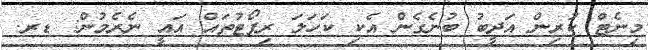
މިނެޓް ކުރިން އަދީބު ބުނެގެން އެކި ކަހަލަ ރިޕޯޓުތައް އައީ ނެރެމުން: ޑރ.